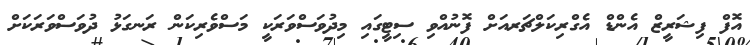
އޮފް ފިޝަރީޒް އެންޑް އެގްރިކަލްޗަރއަށް ފޮނުއްވި ސިޓީގައި މިދުވަސްވަރަކީ މަސްވެރިކަން ރަނގަޅު ދުވަސްވަރަކަށް